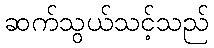
ဆက်သွယ်သင့်သည်